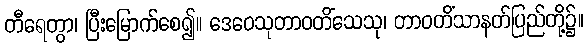
တီရေတွာ၊ ပြီးမြောက်စေ၍။ ဒေဝေသုတာဝတိံသေသု၊ တာဝတိံသာနတ်ပြည်တို့၌။